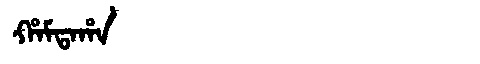
Manchu: ᡥᠠᠮᡨᠠᡥᠠ
Romanization: HAMTAHA